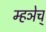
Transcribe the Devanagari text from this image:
म्हञेच्